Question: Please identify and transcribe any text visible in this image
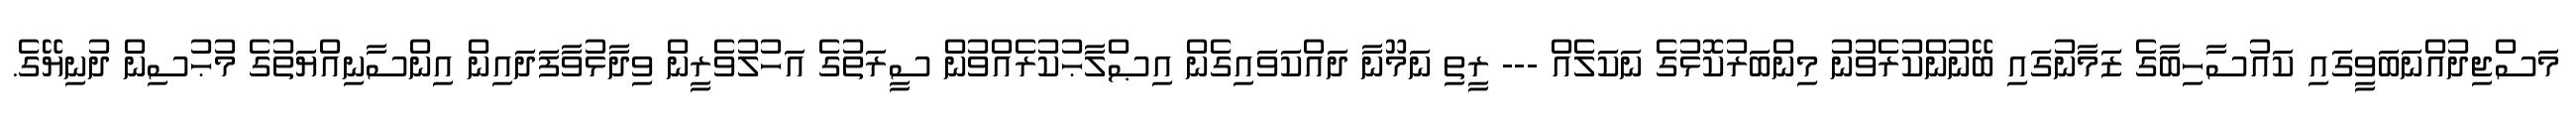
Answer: މަސްޖިދުއްނަބަވީގައި ކައުސާހިބާގެ ޒަަމާނުގައި ބޭނުންކުރެވުނު މިންބަރުކޮޅުގެ ނަކަލެއް --- ރީތި ނަމޫނާ ދައްކަވައިގެން އިޞްލާޙުކުރެއްވުން ސީރަތުގެ އަހުލުވެރީން ވިދާޅުވާފަދައިން އިންސާނިއްޔަތުގެ މުޙުސިން ދުނިޔޭގެ.